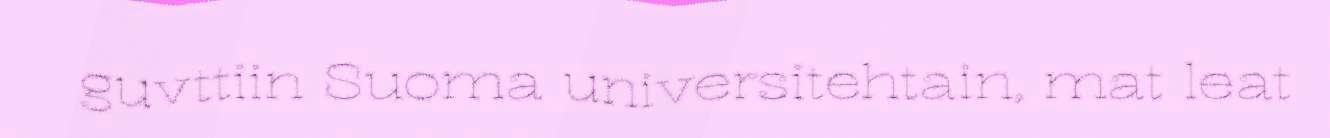
guvttiin Suoma universitehtain, mat leat